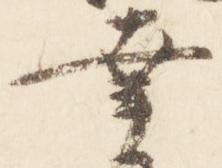
幸